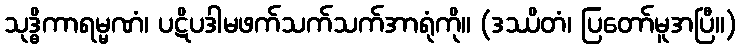
သုဒ္ဓိကာရမ္မဏံ၊ ပဋိပဒါမဖက်သက်သက်အာရုံကို။ (ဒဿိတံ၊ ပြတော်မူအပြီ။)